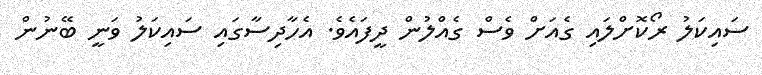
ސައިކަލު ރޯކޮށްލައި ގެއަށް ވެސް ގެއްލުން ދީފައެވެ. އެހާދިސާގައި ސައިކަލު ވަނީ ބޭނުން